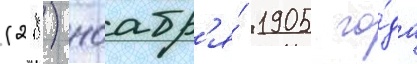
(28) ноабр'я́ 1905 го́да